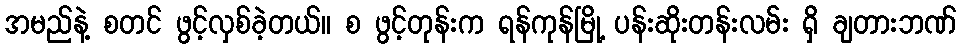
အမည်နဲ့ စတင် ဖွင့်လှစ်ခဲ့တယ်။ စ ဖွင့်တုန်းက ရန်ကုန်မြို့ ပန်းဆိုးတန်းလမ်း ရှိ ချတားဘဏ်